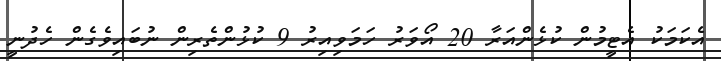
އެކަމަކު އެޓީމުން ކުޅެންއަރާ 20 އޯވަރު ހަމަވިއިރު 9 ކުޅުންތެރިން ނުބައިވެގެން ހެދުނީ